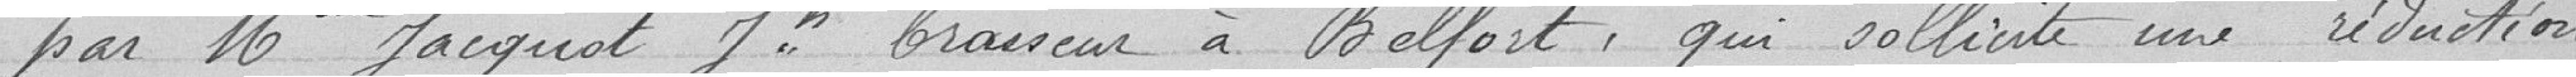
par Mr Jacquot Joseph brasseur à Belfort, qui sollicite une réduction